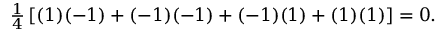
\begin{array} { r } { \frac { 1 } { 4 } \left[ ( 1 ) ( - 1 ) + ( - 1 ) ( - 1 ) + ( - 1 ) ( 1 ) + ( 1 ) ( 1 ) \right] = 0 . } \end{array}